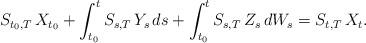
LaTeX: \begin{align*}& S_{ t_0, T } \, X_{ t_0 } + \int_{ t_0 }^t S_{ s, T } \, Y_s \, ds + \int_{ t_0 }^t S_{ s, T } \, Z_s \, dW_s= S_{ t, T } \, X_t .\end{align*}